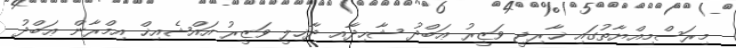
މިރަސްމިއްޔާތުގައި ޚާރިޖީ ވަޒީރު ޢަބްދު ޝާހިދާއި ދާޚިލީ ވަޒީރު އައްޝެއިޚް އިމްރާން ޢަބްދު